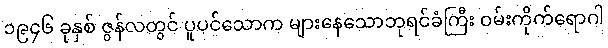
၁၉၄၆ ခုနှစ် ဇွန်လတွင် ပူပင်သောက များနေသောဘုရင်ခံကြီး ဝမ်းကိုက်ရောဂါ